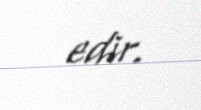
edir.